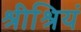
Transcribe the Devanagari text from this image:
श्रीश्रियं